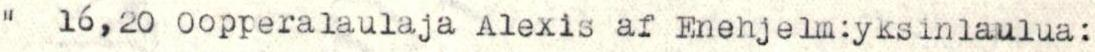
"  16,20 0opperalaulaja Alexis af Enehjelm:yksinlaulua: